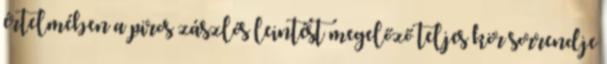
értelmében a piros zászlós leintést megelőző teljes kör sorrendje